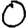
Digit: 0